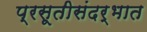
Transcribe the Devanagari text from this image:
प्रसूतीसंदर्भात